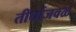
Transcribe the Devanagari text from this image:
तीर्थाजवळ